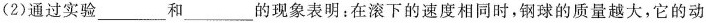
A(2)通过实验___和___的现象表明：在滚下的速度相同时，钢球的质量越大，它的动